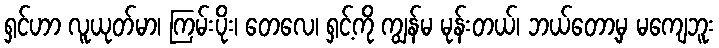
ရှင်ဟာ လူယုတ်မာ၊ ကြမ်းပိုး၊ တေလေ၊ ရှင့်ကို ကျွန်မ မုန်းတယ်၊ ဘယ်တော့မှ မကျေဘူး